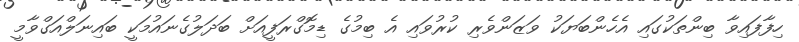
ހިފާފައިވާ ބިންތަކުގައި އެހެންބަޔަކު ވަޒަންވެރި ކުރުވައި އެ ބިމުގެ ޑިމޮގްރަފީއަށް ބަދަލުގެނައުމަކީ ބައިނަލްއަގްވާމީ